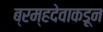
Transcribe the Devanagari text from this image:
ब्रम्हदेवाकडून